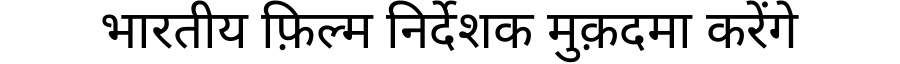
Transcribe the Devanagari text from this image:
भारतीय फ़िल्म निर्देशक मुक़दमा करेंगे